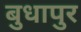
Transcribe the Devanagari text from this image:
बुधापुर